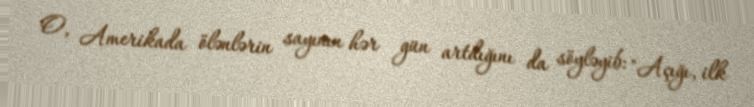
O, Amerikada ölənlərin sayının hər gün artdığını da söyləyib: "Açığı, ilk